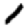
Digit: 1